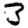
Digit: 3